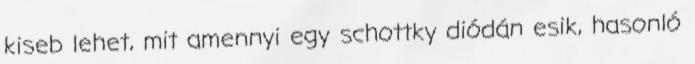
kiseb lehet, mit amennyi egy schottky diódán esik, hasonló